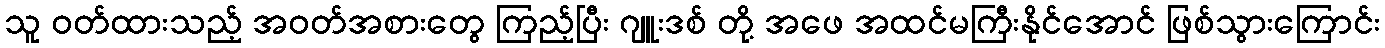
သူ ဝတ်ထားသည့် အဝတ်အစားတွေ ကြည့်ပြီး ဂျူးဒစ် တို့ အဖေ အထင်မကြီးနိုင်အောင် ဖြစ်သွားကြောင်း